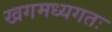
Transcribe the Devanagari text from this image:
खगमध्यगतः